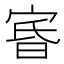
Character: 𡨩